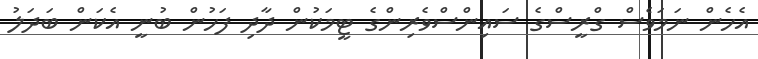
އެހެން ނަމަވެސް ގްރީސްގެ ސައިންސްވެރިންގެ ޓީމަކުން ދާދި ފަހުން ބުނީ އެކަން ބަދަލު